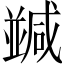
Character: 𠁝